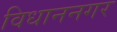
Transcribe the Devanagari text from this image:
विधाननगर